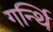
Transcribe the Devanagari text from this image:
गर्न्थि